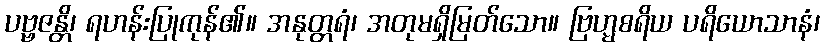
ပဗ္ဗဇန္တိ၊ ရဟန်းပြုကုန်၏။ အနုတ္တရံ၊ အတုမရှိမြတ်သော။ ဗြဟ္မစရိယ ပရိယောသာနံ၊